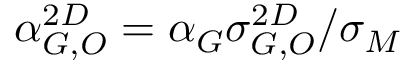
\alpha _ { G , O } ^ { 2 D } = \alpha _ { G } \sigma _ { G , O } ^ { 2 D } / \sigma _ { M }